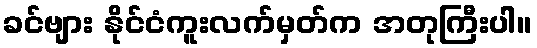
ခင်ဗျား နိုင်ငံကူးလက်မှတ်က အတုကြီးပါ။